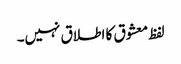
لفظ معشوق کا اطلاق نہیں۔